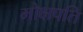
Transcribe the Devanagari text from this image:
मोक्षपति